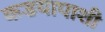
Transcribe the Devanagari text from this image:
कडयापाशी